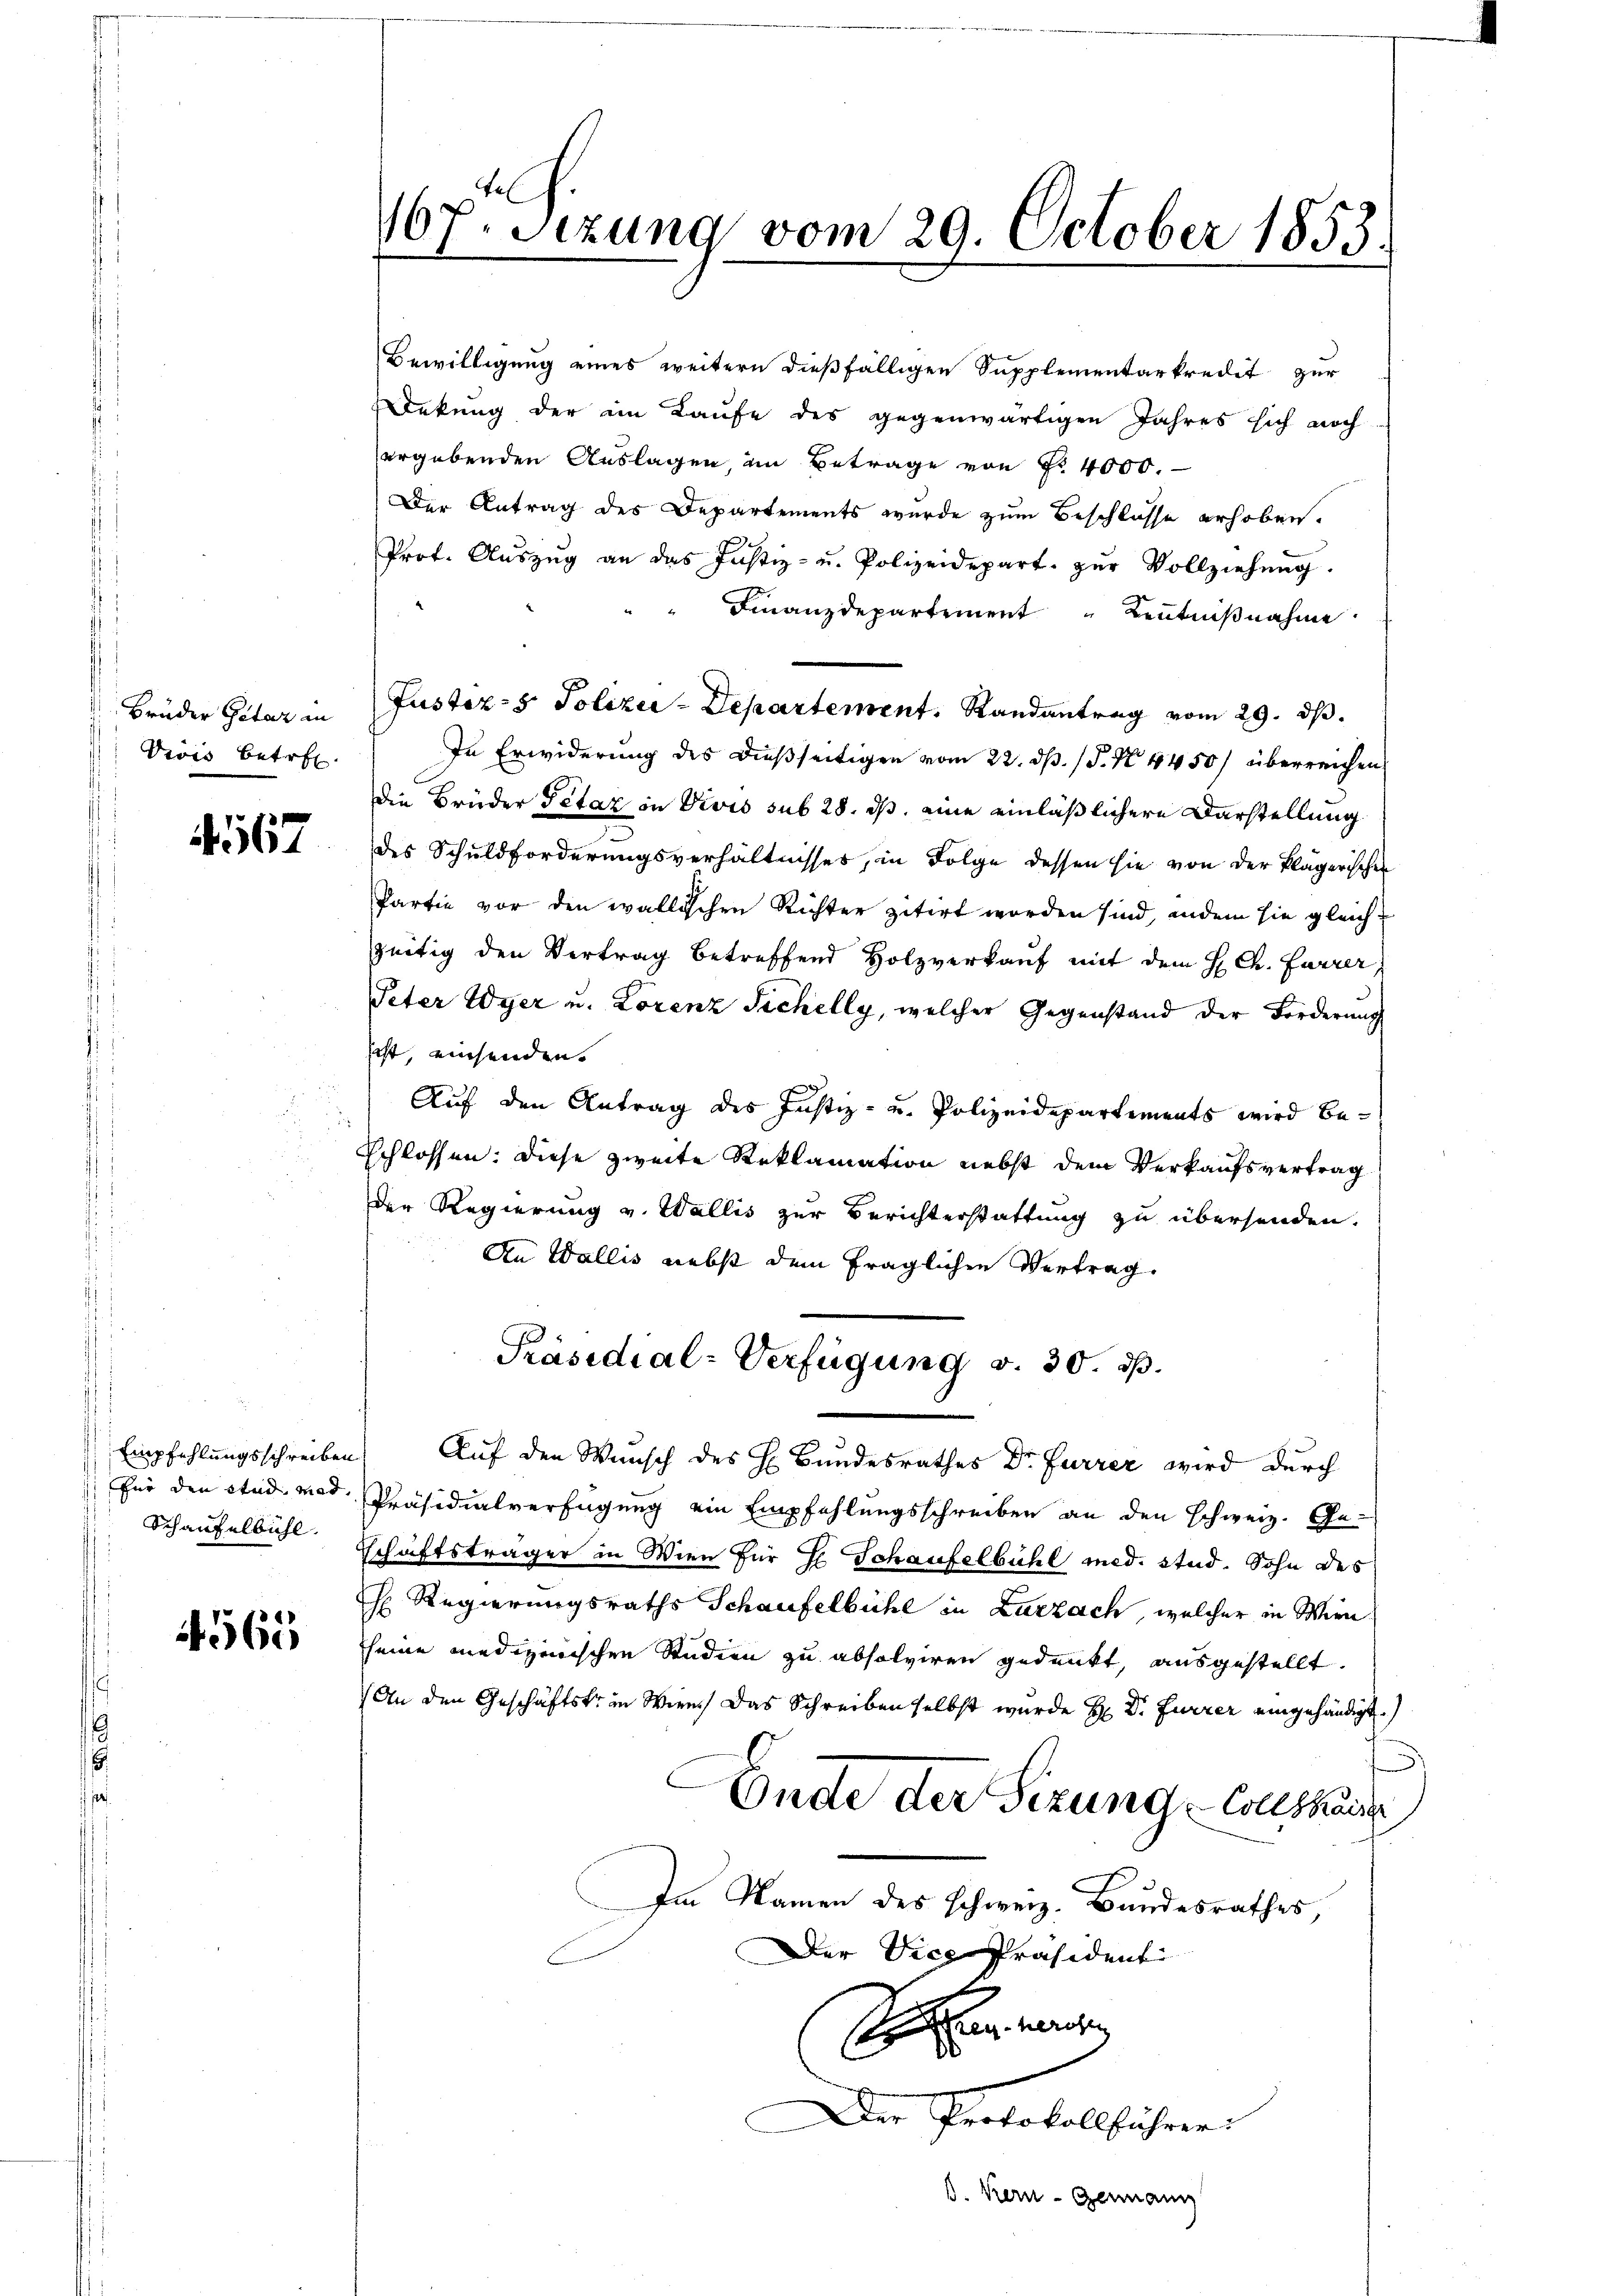
Brüder Petar in
Viis betret

567

Empfehlungsschreiben
für den Stud. med
Schaufelbühl.

4565

el
167. Sizung vom 29. October 1853.

Bewilligung eines weitern dießfälligen Supplementarkredit zur
Dekung der im Laufe des gegenwärtigen Jahres sich noch
ergebenden Auslagen, im Betrage von Fr. 4000.
Der Antrag des Departements wurde zum Beschlosse erhoben.
Prof. Aŭszŭg an das Justiz- u. Polizeidepart. zŭr Vollziehŭng.
Finanzdepartement Kenntnißnahme
Justiz- & Polizei-Departement. Randantrag vom 29. ds.
In Erwiderung des dießseitigen vom 22. ds. (T. N. 4450/ überreichen
die Brüder Petaz in Divis sub 28. ds. eine einläßlichere Darstellung
des Schuldforderungsverhältnisses, in Folge dessen sie von der klägerischen
Partie vor den wallischen Richter zitirt worden sind, indem sie gleichzeitig den Vertrag betreffend Holzverkauf mit dem H Ch. Furrer
Peter Wyer u. Lorenz Sichelly, welcher Gegenstand der Forderung
scht, einsenden
Auf den Antrag des Justiz- u. Polizeidepartements wird be¬
Schlossen: Diese zweite Reklamation nebst dem Verkaufsvertrag
Der Regierung v. Wallis zur Berichterstattung zu übersenden.
An Wallis nebst dem fraglichen Vertrag.
Präsidial-Verfügung v. 30. d.
Auf den Wunsch des H. Bundesrathes Dr. Furrer wird durch
Präsidialverfügung ein Empfehlungsschreiben an den Schweiz. Ge-
Schäftsträger in Wien für E. Schaufelbühl med. stud. Sohn des
h Regierungsraths Schaufelbühl in Zurzach, welcher in Wien
seine medizinischen Studien zu absolviren gedankt, ausgestellt.
An den Geschäftske in Wien das Schreiben selbst wurde H: Dr. Furrer eingehändigt.
Ende der Sizung Collshause
Im Namen des schweiz. Bundesrathes,
Der Vice-Präsident
Sehen werde
Der Protokollführer:
b. Kern-Germang